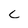
Character: c